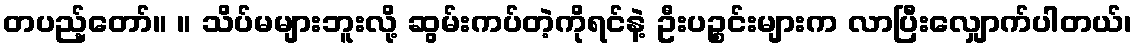
တပည့်တော်။ ။ သိပ်မများဘူးလို့ ဆွမ်းကပ်တဲ့ကိုရင်နဲ့ ဦးပဉ္စင်းများက လာပြီးလျှောက်ပါတယ်၊